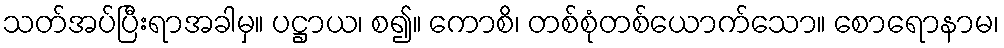
သတ်အပ်ပြီးရာအခါမှ။ ပဋ္ဌာယ၊ စ၍။ ကောစိ၊ တစ်စုံတစ်ယောက်သော။ စောရောနာမ၊